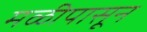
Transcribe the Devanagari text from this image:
मळीपासून